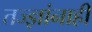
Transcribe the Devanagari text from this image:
तज्‍ज्ञांनाही